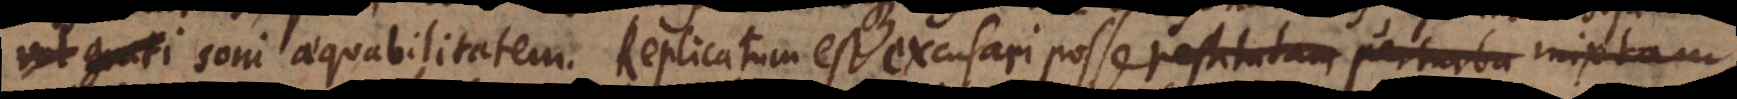
grati soni aequabilitatem. Replicatum est excusari posse restitutam perturba mixtam